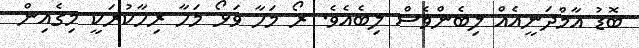
ބޮޑު އާމްދަނީއެއް ލިބެންވެސް ލިބެއެވެ. ރޯ މަހާ ވަޅޯ މަހާ ރިހާކުރަކީ މިގެއިން